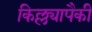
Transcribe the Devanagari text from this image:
किल्ल्यापैकी